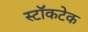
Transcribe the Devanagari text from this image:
स्टॉकटेक